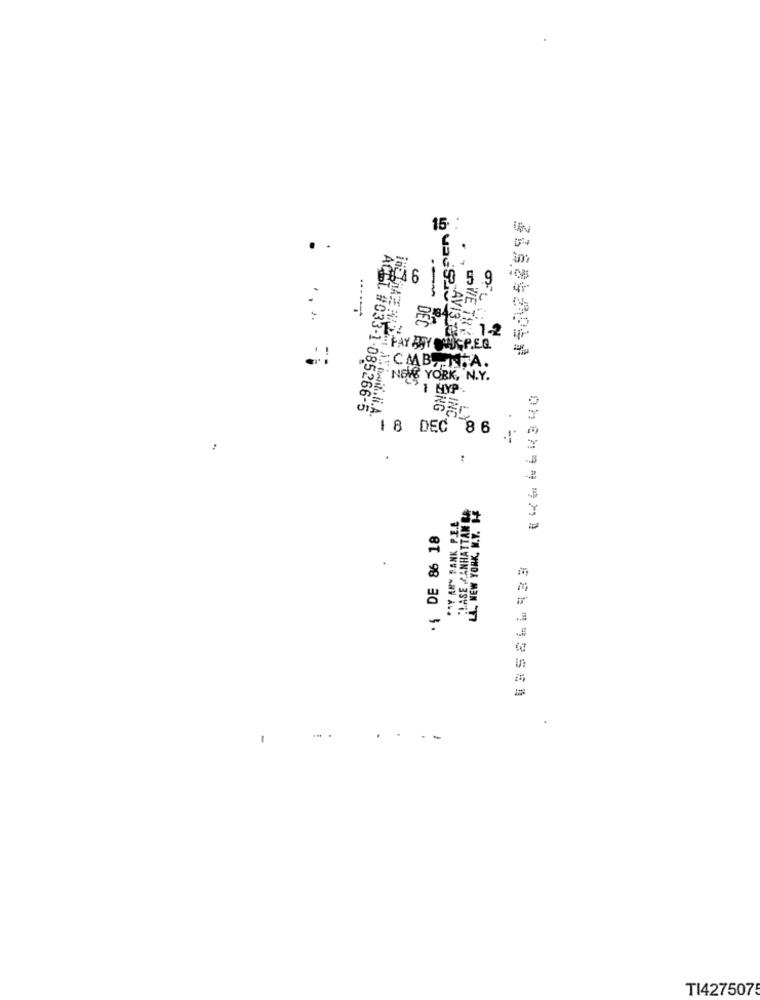
15 .
.
-
.
1 0
5.9
. 1-2
PAY BAY OURPEQ.
CMBN.A.
"NEVE YORK, N.Y.
1 MYP
ANDwit. li. A
ACCT. #033-1-085266-5
.
1 8 DEC 8 6
.
CHASE MANHATTAN BA
LA, NEW YORK, N.Y. HE
PAY ANY BANK P.E.E.
·{ DE 86 18
. -
TI4275075